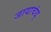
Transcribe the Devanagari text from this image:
जायाचंय्‌